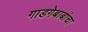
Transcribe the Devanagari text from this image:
गाडगेबाबांचा